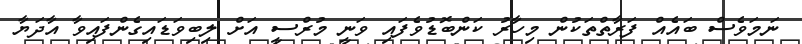
ނަމަވެސް ބައެއް ފަރާތްތަކުން މިހާރު ކަންބޮޑުވެފައި ވަނީ މުރްސީ އަށް ލިބިވަޑައިގެންފައިވާ އާދަޔާ